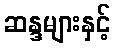
ဆန္ဒများနှင့်